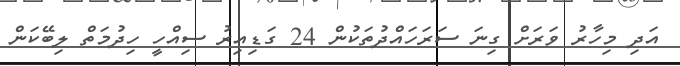
އަދި މިހާރު ވަރަށް ގިނަ ސަރަަހައްދުތަކުން 24 ގަޑިއިރު ސިއްހީ ހިދުމަތް ލިބޭކަން